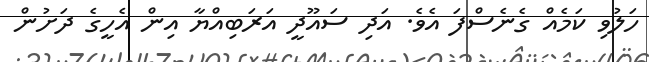
ހަލުވި ކަމެއް ގެނެސްފަ އެވެ. އަދި ސައޫދީ އަރަބިއްޔާ އިން އެހީގެ ދަށުން